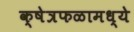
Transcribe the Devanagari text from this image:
क्षेत्रफळामध्ये